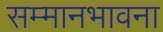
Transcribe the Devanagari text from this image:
सम्मानभावना